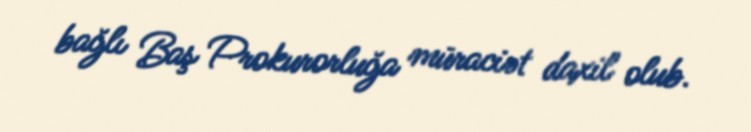
bağlı Baş Prokurorluğa müraciət daxil olub.